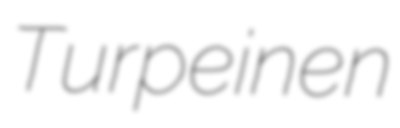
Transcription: Turpeinen